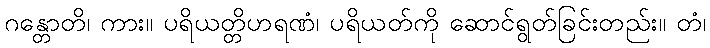
ဂန္တောတိ၊ ကား။ ပရိယတ္တိဟရဏံ၊ ပရိယတ်ကို ဆောင်ရွတ်ခြင်းတည်း။ တံ၊